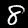
Digit: 8